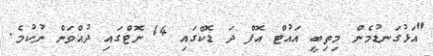
"އަޅުގަނޑުމެން މިތިބީ އައުޓް އޮފް ދަ ޑޮކްގައި 14 ނޮޓްގައި ދުއްވަން ނުކުމެ.